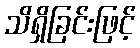
သိရှိခြင်းဖြင့်